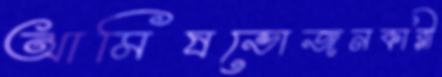
আমিষভোজনকারী